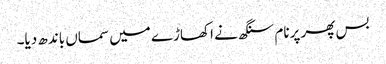
بس پھر پرنام سنگھ نے اکھاڑے میں سماں باندھ دیا۔